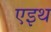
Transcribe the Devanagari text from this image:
एइथ